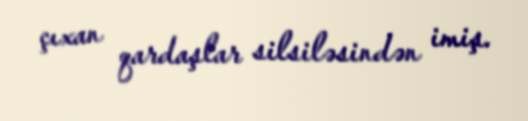
çıxan qardaşlar silsiləsindən imiş.